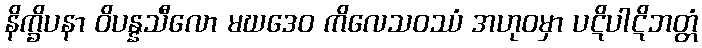
နိက္ခိပနာ ဝိပန္နသီလော မဃဒေဝ ကိလေသဝဿံ အဟုဝမှာ ပဋိပါဋိဘတ္တံ